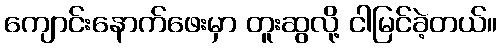
ကျောင်းနောက်ဖေးမှာ တူးဆွလို့ ငါမြင်ခဲ့တယ်။